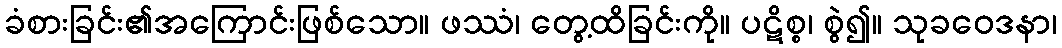
ခံစားခြင်း၏အကြောင်းဖြစ်သော။ ဖဿံ၊ တွေ့ထိခြင်းကို။ ပဋိစ္စ၊ စွဲ၍။ သုခဝေဒနာ၊